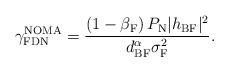
LaTeX: \begin{align*}\gamma_{\textrm{FDN}}^{\textrm{NOMA}}=\frac{\left(1-\beta_{\textrm{F}} \right)P_\textrm{N} |h_{\textrm{BF}}|^2} {{d_{\textrm{BF}}^{\alpha} \sigma_{\textrm{F}}^2}}.\end{align*}